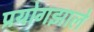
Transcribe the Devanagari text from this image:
प्रयोगझाले